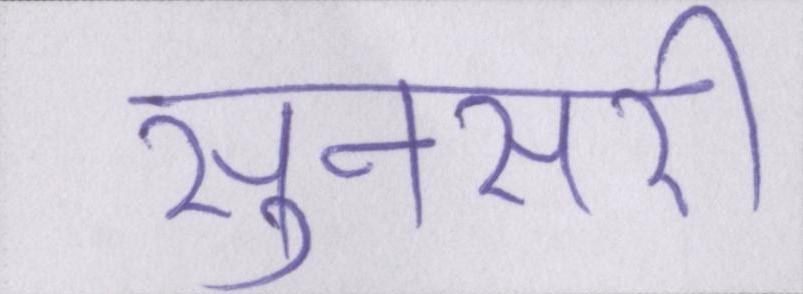
सुनसरी